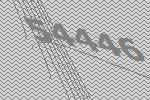
54446